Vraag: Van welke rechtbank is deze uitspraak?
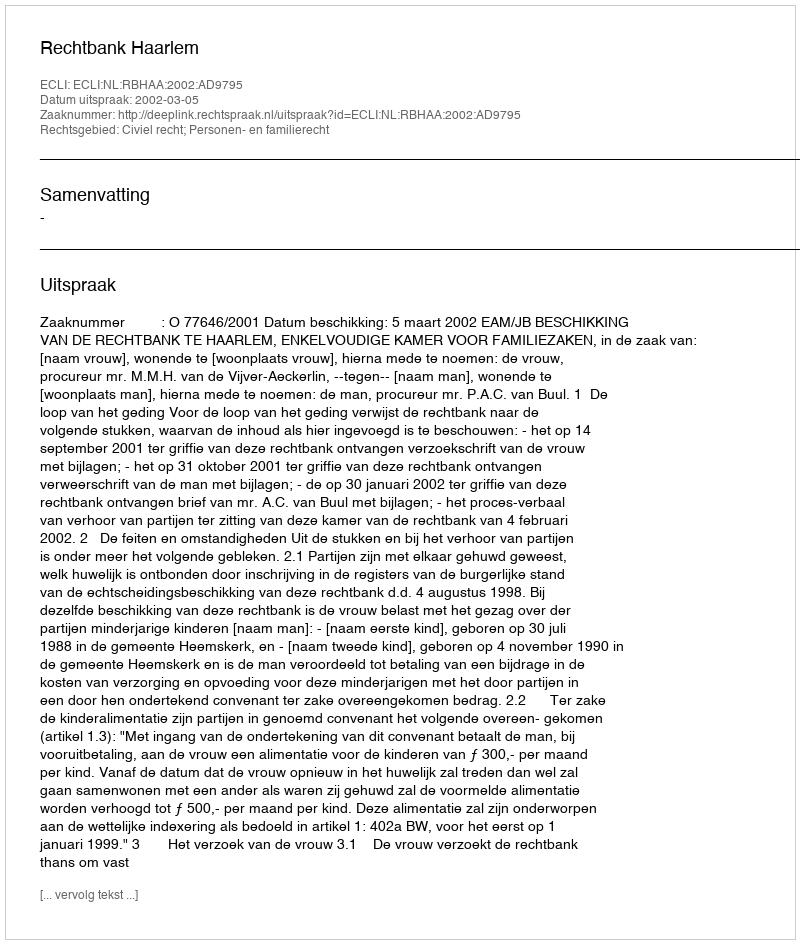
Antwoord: Rechtbank Haarlem